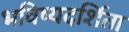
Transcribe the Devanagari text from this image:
भविष्यदर्शिता